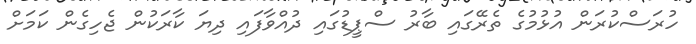
ހުރަސްކުރަން އުޅުމުގެ ތެރޭގައި ބާރު ސްޕީޑުގައި ދުއްވާފައި ދިޔަ ކާރަކުން ޖެހިގެން ކަމަށް